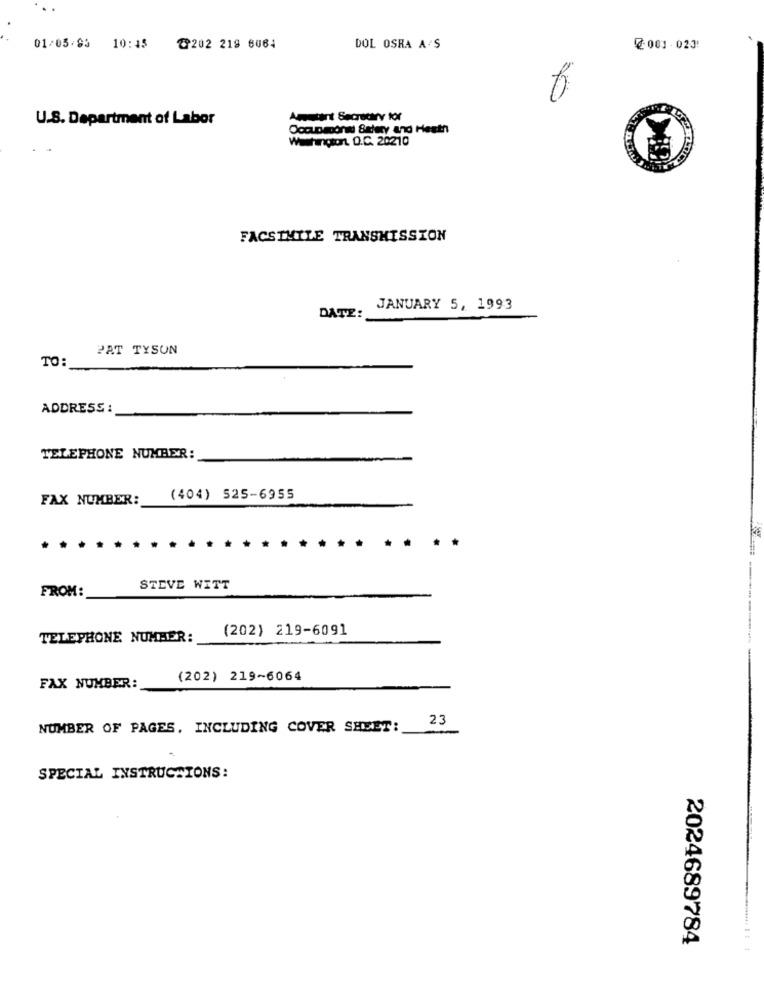
01/03/93 10:45
৳202 219 6064
DOL OSRA A'S
@ 001 -023:
U.S. Department of Labor
Autant Secretary for
OccupaDont Satury and Heath
Washington. O.C. 20210
..
FACSIMILE TRANSMISSION
JANUARY 5, 1993
DATE:
PAT TYSON
TO:
ADDRESS :
TELEPHONE NUMBER:
FAX NUMBER:
(404) 525-6955
FROM:
STEVE WITT
(202) 219-6091
TELEPHONE NUMBER:
(202) 219-6064
FAX NUMBER:
23
NUMBER OF PAGES, INCLUDING COVER SHEET:
SPECIAL INSTRUCTIONS:
2024689784